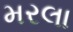
મરલા